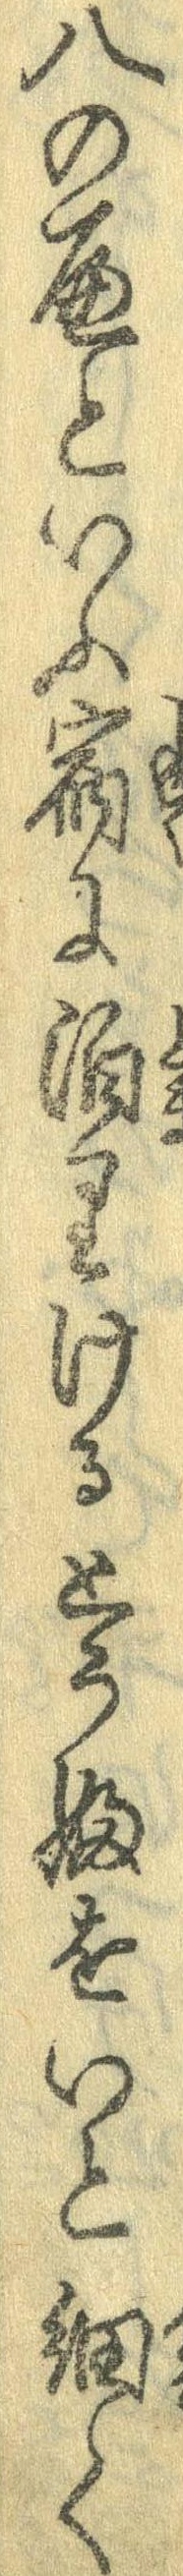
八のへといふ宿に泊りけるとうふをいと細く